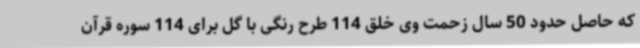
که حاصل حدود 50 سال زحمت وی خلق 114 طرح رنگی با گل برای 114 سوره قرآن